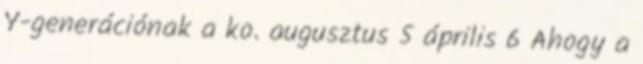
Y-generációnak a ko. augusztus 5 április 6 Ahogy a